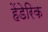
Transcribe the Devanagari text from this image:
हेंडेरिक